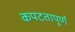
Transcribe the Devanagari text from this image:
कपटतापूर्ण